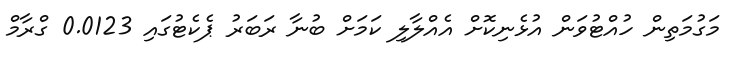
މަގުމަތިން ހުއްޓުވަން އުޅެނިކޮށް އެއްލާލި ކަމަށް ބުނާ ރަބަރު ޕެކެޓުގައި 0.0123 ގްރާމް